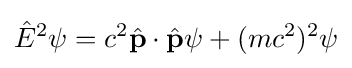
{\hat {E}}^{2}\psi =c^{2}{\hat {\mathbf {p} }}\cdot {\hat {\mathbf {p} }}\psi +(mc^{2})^{2}\psi